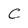
Character: C